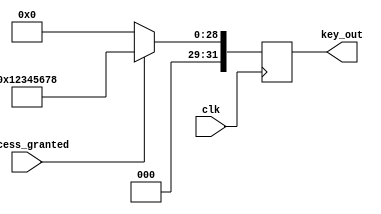
//copilot mean_prob: 0.8308685507700649
//This file was assembled by gen.py, written by redactedAuthorFirstname redactedAuthorLastname.
module secret_key_base(clk, key_out, access_granted);
input wire clk;
output reg [31:0] key_out;
input wire access_granted;

reg [31:0] secret_key = 32'h12345678;

//output key_out for one clock after access_granted is high
//-copilot next line-
//copilot mean_prob: 0.8308685507700649

always @(posedge clk) begin
    if (access_granted) begin
        key_out <= secret_key;
    end else begin
        key_out <= 32'h0;
    end
end


endmodule